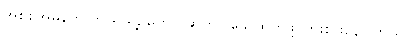
အစစ်အမှန်က ဘယ်သူ့ဥတွေလဲဆိုတာ ဖော်ထုတ်ဖို့ ကြိုးစားနေပါတယ်။